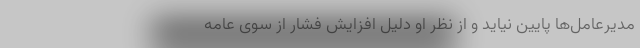
مدیر‌عامل‌ها پایین نیاید و از نظر او دلیل افزایش فشار از سوی عامه